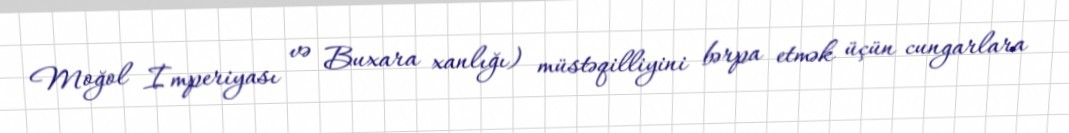
Moğol İmperiyası və Buxara xanlığı) müstəqilliyini bərpa etmək üçün cungarlara